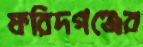
ফরিদগঞ্জের